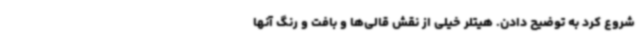
شروع کرد به توضیح دادن. هیتلر خیلی از نقش قالی‌ها و بافت و رنگ آنها